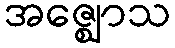
အဇ္ဈောသ